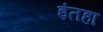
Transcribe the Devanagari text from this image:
इंतहा